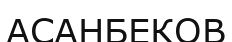
АСАНБЕКОВ